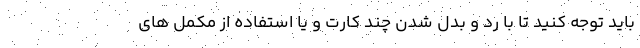
باید توجه کنید تا با رد و بدل شدن چند کارت و یا استفاده از مکمل های